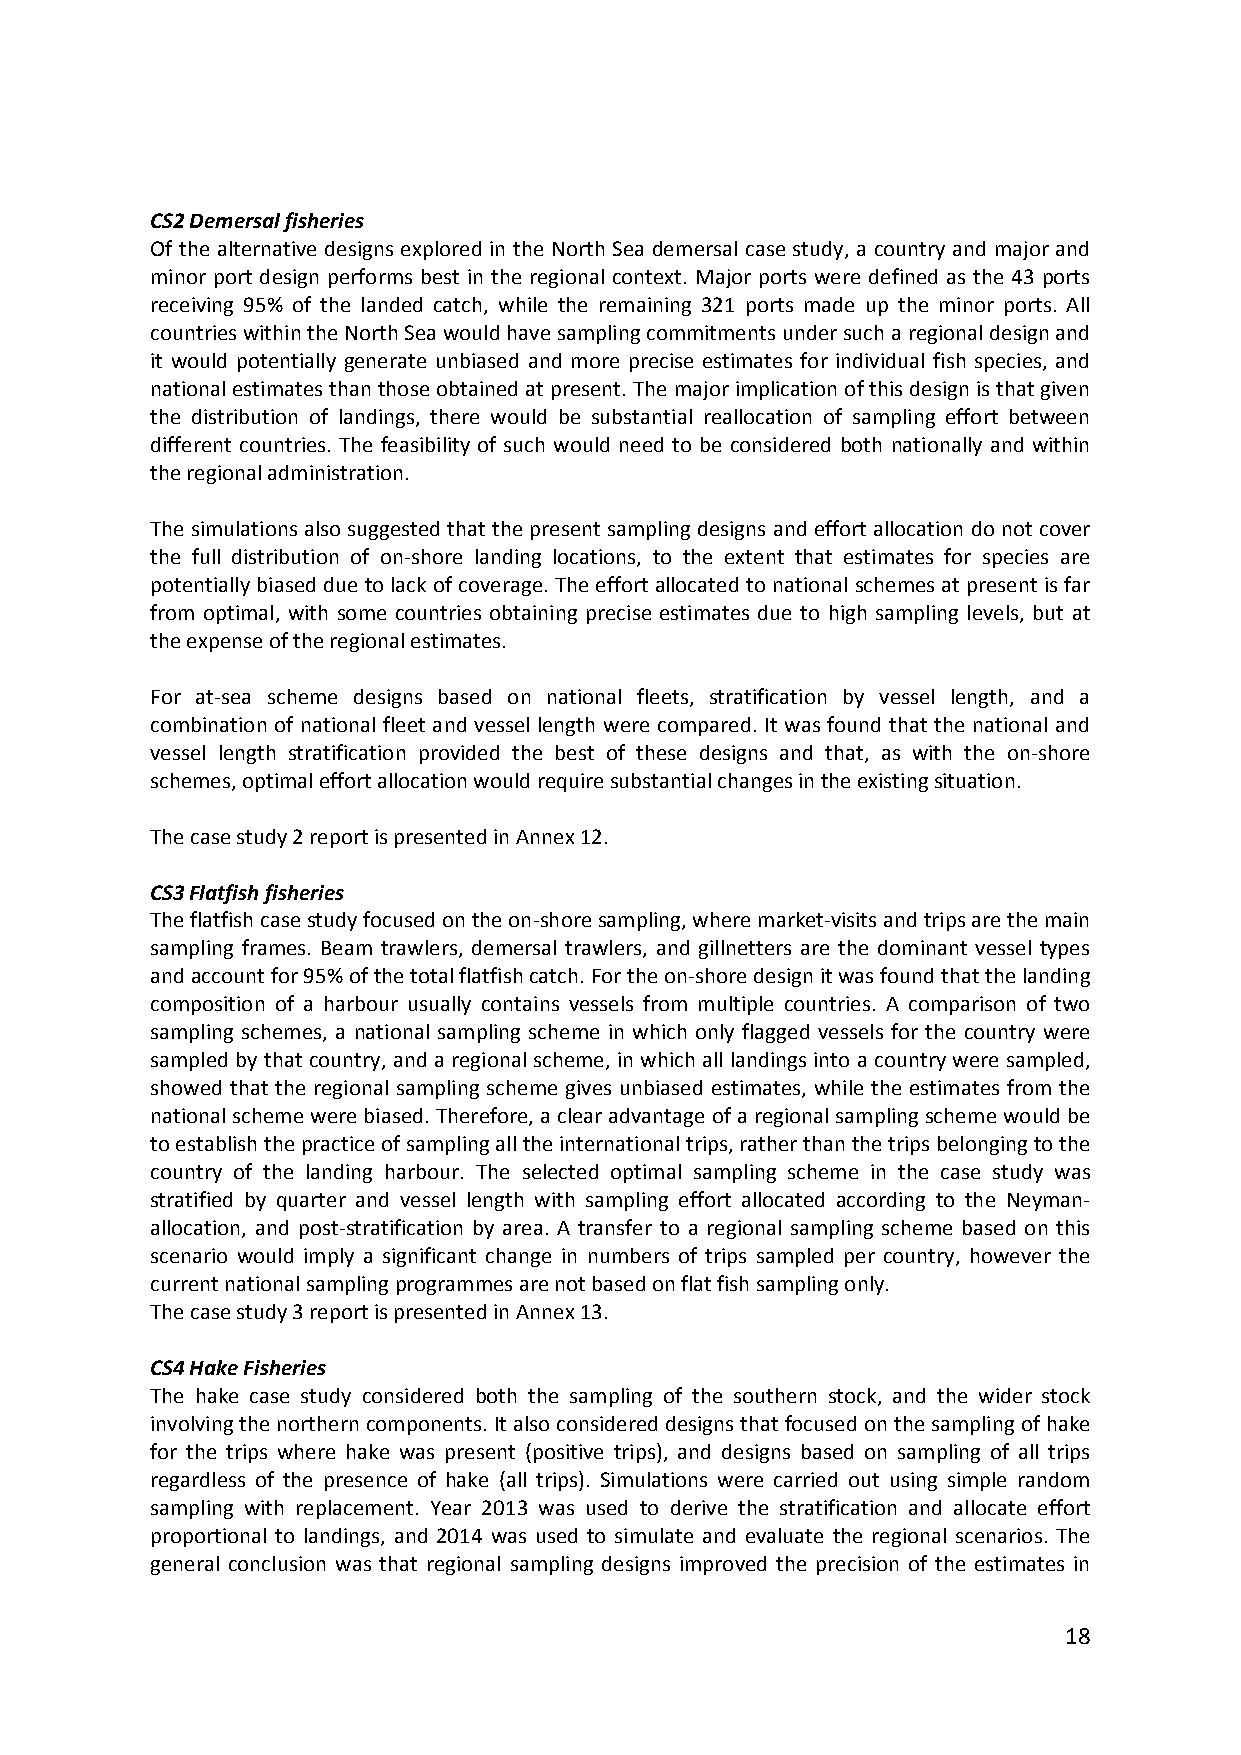
CS2 Demersal fisheries
 Of the alternative designs explored in the North Sea demersal case study, a country and major and
 minor port design performs best in the regional context. Major ports were defined as the 43 ports
 receiving 95% of the landed catch, while the remaining 321 ports made up the minor ports. All
 countries within the North Sea would have sampling commitments under such a regional design and
 it would potentially generate unbiased and more precise estimates for individual fish species, and
 national estimates than those obtained at present. The major implication of this design is that given
 the distribution of landings, there would be substantial reallocation of sampling effort between
 different countries. The feasibility of such would need to be considered both nationally and within
 the regional administration.
 The simulations also suggested that the present sampling designs and effort allocation do not cover
 the full distribution of on‐shore landing locations, to the extent that estimates for species are
 potentially biased due to lack of coverage. The effort allocated to national schemes at present is far
 from optimal, with some countries obtaining precise estimates due to high sampling levels, but at
 the expense of the regional estimates.
 For at‐sea scheme designs based on national fleets, stratification by vessel length, and a
 combination of national fleet and vessel length were compared. It was found that the national and
 vessel length stratification provided the best of these designs and that, as with the on‐shore
 schemes, optimal effort allocation would require substantial changes in the existing situation.
 The case study 2 report is presented in Annex 12.
 CS3 Flatfish fisheries
 The flatfish case study focused on the on‐shore sampling, where market‐visits and trips are the main
 sampling frames. Beam trawlers, demersal trawlers, and gillnetters are the dominant vessel types
 and account for 95% of the total flatfish catch. For the on‐shore design it was found that the landing
 composition of a harbour usually contains vessels from multiple countries. A comparison of two
 sampling schemes, a national sampling scheme in which only flagged vessels for the country were
 sampled by that country, and a regional scheme, in which all landings into a country were sampled,
 showed that the regional sampling scheme gives unbiased estimates, while the estimates from the
 national scheme were biased. Therefore, a clear advantage of a regional sampling scheme would be
 to establish the practice of sampling all the international trips, rather than the trips belonging to the
 country of the landing harbour. The selected optimal sampling scheme in the case study was
 stratified by quarter and vessel length with sampling effort allocated according to the Neyman‐
 allocation, and post‐stratification by area. A transfer to a regional sampling scheme based on this
 scenario would imply a significant change in numbers of trips sampled per country, however the
 current national sampling programmes are not based on flat fish sampling only.
 The case study 3 report is presented in Annex 13.
 CS4 Hake Fisheries
 The hake case study considered both the sampling of the southern stock, and the wider stock
 involving the northern components. It also considered designs that focused on the sampling of hake
 for the trips where hake was present (positive trips), and designs based on sampling of all trips
 regardless of the presence of hake (all trips). Simulations were carried out using simple random
 sampling with replacement. Year 2013 was used to derive the stratification and allocate effort
 proportional to landings, and 2014 was used to simulate and evaluate the regional scenarios. The
 general conclusion was that regional sampling designs improved the precision of the estimates in
 18